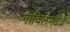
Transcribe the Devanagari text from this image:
गाविलगडचे